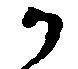
か